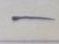
-